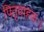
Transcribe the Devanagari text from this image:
पितृवाहकः।